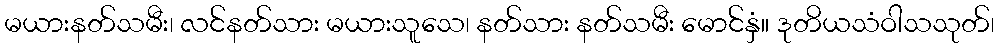
မယားနတ်သမီး၊ လင်နတ်သား မယားသူသေ၊ နတ်သား နတ်သမီး မောင်နှံ။ ဒုတိယသံဝါသသုတ်၊